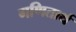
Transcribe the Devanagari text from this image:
गणितार्थ